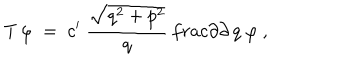
LaTeX: T \, \varphi \; = \; c ^ { \prime } \ \frac { \sqrt { q ^ { 2 } + p ^ { 2 } } } { q } \, \frac { \partial } { \partial \, q } \ \varphi \ ,